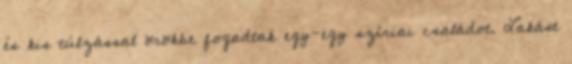
és kis túlzással örökbe fogadtak egy-egy szíriai családot. Lakást